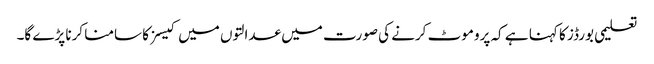
تعلیمی بورڈز کا کہنا ہے کہ پروموٹ کرنے کی صورت میں عدالتوں میں کیسز کا سامنا کرنا پڑے گا۔